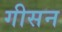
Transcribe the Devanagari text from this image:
गीसन